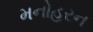
મનોહરન